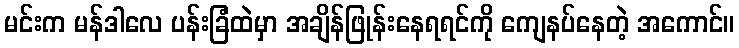
မင်းက မန်ဒါလေ ပန်းခြံထဲမှာ အချိန်ဖြုန်းနေရရင်ကို ကျေနပ်နေတဲ့ အကောင်။